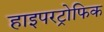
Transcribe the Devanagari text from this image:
हाइपरट्रोफिक